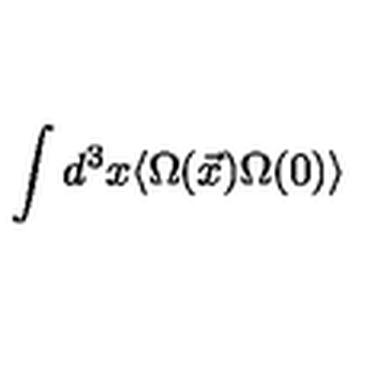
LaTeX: \int d ^ { 3 } x \langle \Omega ( \vec { x } ) \Omega ( 0 ) \rangle